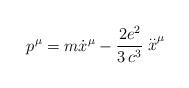
LaTeX: \begin{align*}p^\mu= m \dot x^\mu - \frac{2 e^2}{3 \,c^3} \stackrel{..}{x}^\mu\end{align*}